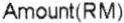
AMOUNT(RM)